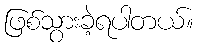
ဖြစ်သွားခဲ့ရပါတယ်။